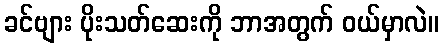
ခင်ဗျား ပိုးသတ်ဆေးကို ဘာအတွက် ဝယ်မှာလဲ။